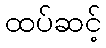
ထပ်ဆင့်